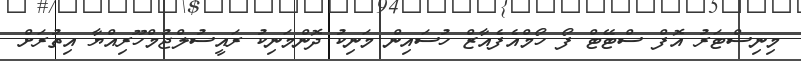
މިނިސްޓަރު އޮފް ސްޓޭޓް ފޯ ހޯމްއެފެއާޒް ހުސައިން މަނިކު ދޮންމަނިކު ރައީސުލްޖުމްހޫރިއްޔާ އިތުރަށް